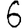
Digit: 6